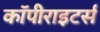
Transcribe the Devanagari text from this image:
कॉपीराइटर्स